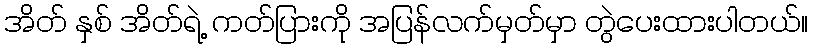
အိတ် နှစ် အိတ်ရဲ့ ကတ်ပြားကို အပြန်လက်မှတ်မှာ တွဲပေးထားပါတယ်။